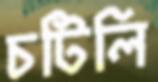
চটিলি